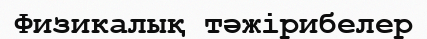
Физикалық тәжірибелер